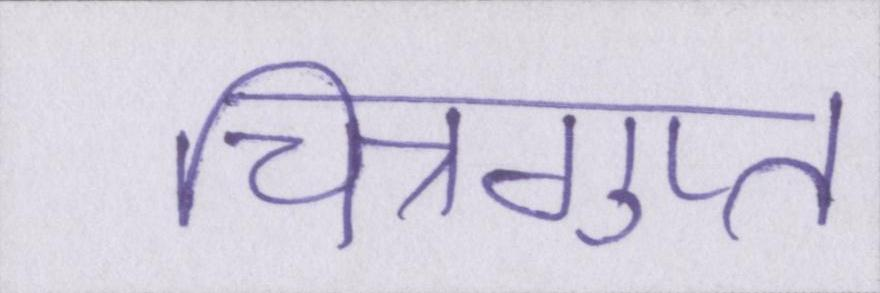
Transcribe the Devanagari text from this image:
चित्रगुप्त